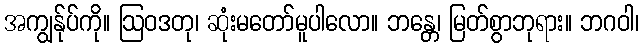
အကျွန်ုပ်ကို။ ဩဝဒတု၊ ဆုံးမတော်မူပါလော။ ဘန္တေ၊ မြတ်စွာဘုရား။ ဘဂဝါ၊